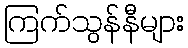
ကြက်သွန်နီများ